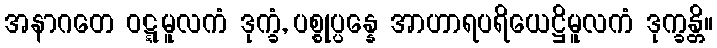
အနာဂတေ ဝဋ္ဋမူလကံ ဒုက္ခံ, ပစ္စုပ္ပန္နေ အာဟာရပရိယေဋ္ဌိမူလကံ ဒုက္ခန္တိ။